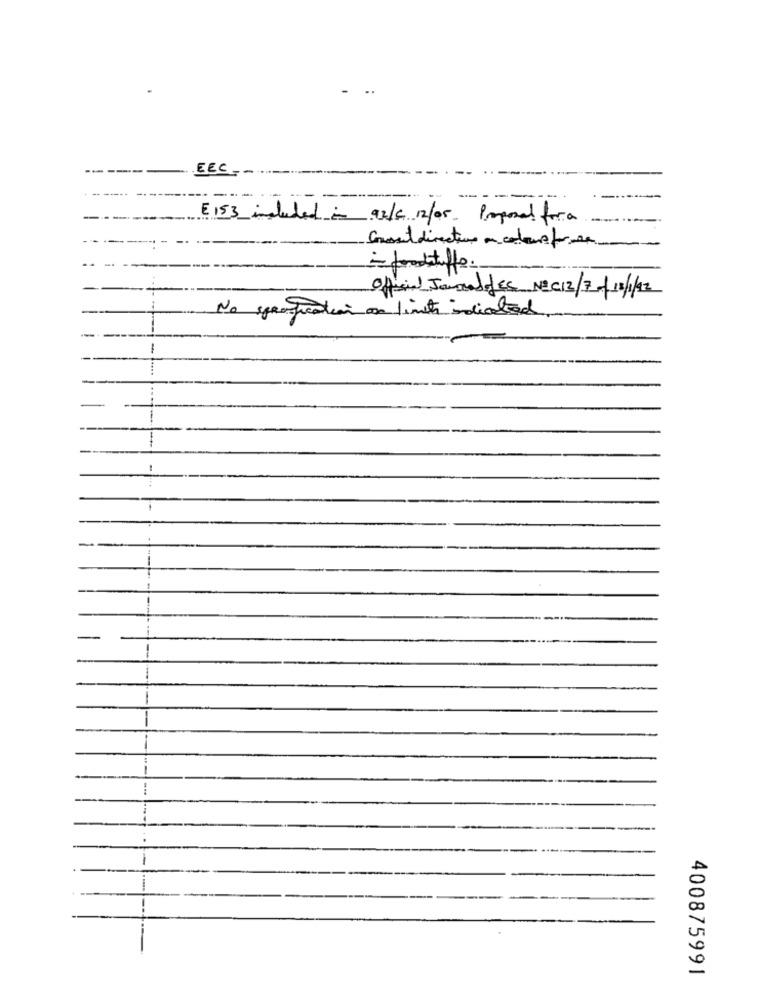
EEC --...
---
E 153 included in 92/ 12/05 Proposal fora
Grussil directions on colours forse
- foodstuffs.
Official JournalofES NºC12/70/12/1/92
No graufication on limits indicated
-
-
...
1
--
-
-..
400875991